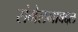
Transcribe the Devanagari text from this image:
संमेलनाबद्दल